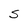
Character: S